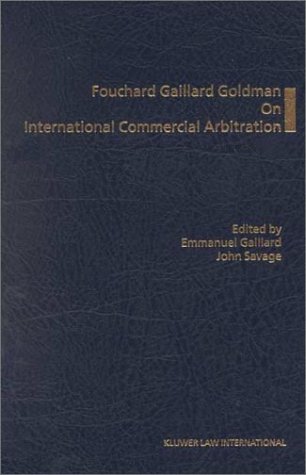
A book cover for Fouchard Gaillard Goldman on International Commercial Arbitration; Emmanuel Gaillard; Law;